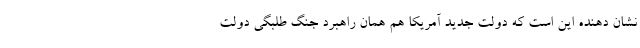
نشان دهنده این است که دولت جدید آمریکا هم همان راهبرد جنگ طلبگی دولت